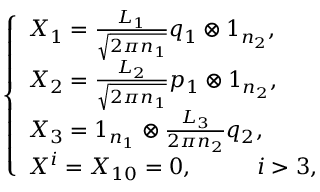
\left\{ \begin{array} { l l l } { { X _ { 1 } = \frac { L _ { 1 } } { \sqrt { 2 \pi n _ { 1 } } } q _ { 1 } \otimes 1 _ { n _ { 2 } } , } } \\ { { X _ { 2 } = \frac { L _ { 2 } } { \sqrt { 2 \pi n _ { 1 } } } p _ { 1 } \otimes 1 _ { n _ { 2 } } , } } \\ { { X _ { 3 } = 1 _ { n _ { 1 } } \otimes \frac { L _ { 3 } } { 2 \pi n _ { 2 } } q _ { 2 } , } } \\ { { X ^ { i } = X _ { 1 0 } = 0 , \; \; \; \; \; \; \; \; \; \; i > 3 , } } \end{array} \right.